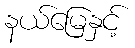
နယ်မြေနှင့်